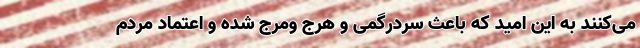
می‌کنند به این امید که باعث سردرگمی و هرج و‌مرج شده و اعتماد مردم